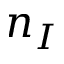
n _ { I }